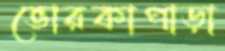
ভোরকাপাড়া